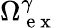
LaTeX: {\Omega}_{\mathrm{~e~x~}}^{\gamma}